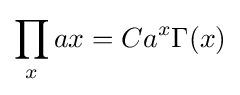
\prod _{x}ax=Ca^{x}\Gamma (x)